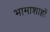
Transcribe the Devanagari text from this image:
भामाशाहों